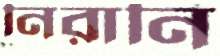
নিরানি